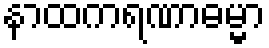
နာထကရဏာဓမ္မာ